Report on the working of the Ranchi Indian Mental Hospital, Kanke, in Bihar and Orissa - 1930-1940
Year: 1930
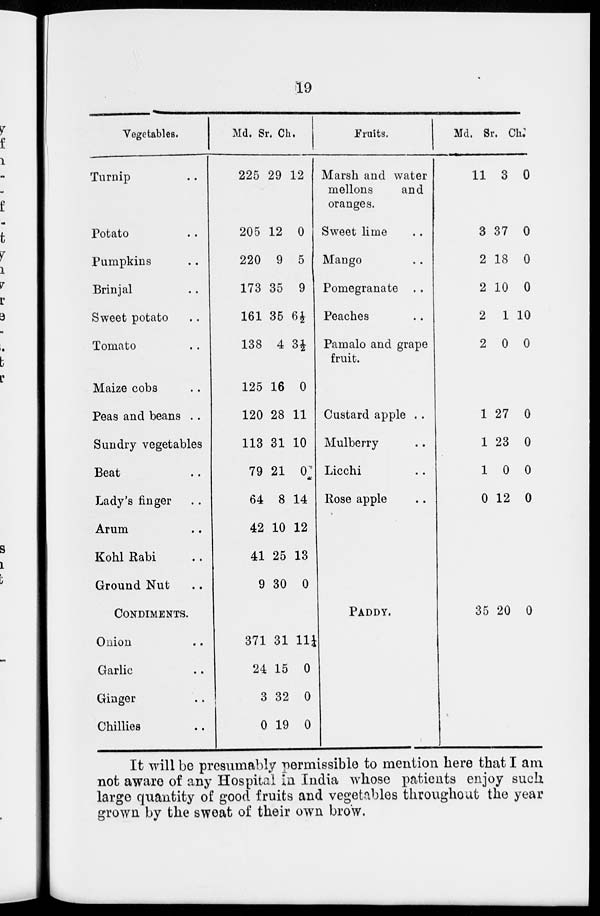
19
Vegetables.
Turnip ..
Potato ..
Pumpkins ..
Brinjal ..
Sweet potato ..
Tomato ..
Maize cobs ..
Peas and beans ..
Sundry vegetables
Beat ..
Lady's finger ..
Arum ..
Kohl Rabi ..
Ground Nut ..
CONDIMENTS.
Onion ..
Garlic ..
Ginger ..
Chillies ..
Md.
225
205
220
173
161
138
125
120
113
79
64
42
41
9
371
24
3
0
Sr.
29
12
9
35
35
4
16
28
31
21
8
10
25
30
31
15
32
19
Ch.
12
0
5
9
6½
3½
0
11
10
0
14
12
13
0
11¼
0
0
0
Fruits.
Marsh and water
mellons
and
oranges.
Sweet lime ..
Mango ..
Pomegranate . .
Peaches ..
Pamalo and grape
fruit.
Custard apple ..
Mulberry ..
Licchi ..
Rose apple ..
PADDY.
Md.
11
3
2
2
2
2
1
1
1
0
35
Sr.
3
37
18
10
1
0
27
23
0
12
20
Ch.
0
0
0
0
10
0
0
0
0
0
0
It will be presumably permissible to mention here that I am
not aware of any Hospital in India whose patients enjoy such
large quantity of good fruits and vegetables throughout the year
grown by the sweat of their own brow.